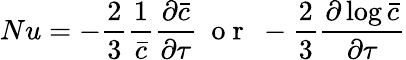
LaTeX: \displaystyle Nu=-\frac{2}{3}\frac{1}{\bar{c}}\frac{\partial\bar{c}}{\partial\tau}~\mathrm{~o~r~}~-\frac{2}{3}\frac{\partial\log\bar{c}}{\partial\tau}